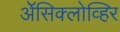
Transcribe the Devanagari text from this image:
ॲेसिक्लोव्हिर